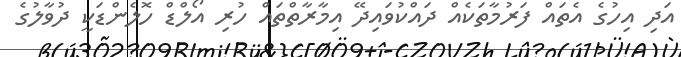
އަދި އިހުގެ އެތައް ފަރުމާތަކެއް ދައްކުވައިދޭ އިމާރާތްތައް ހުރި އޯލްޑް ހޮލެންޑަކީ ދުވާލުގެ